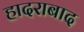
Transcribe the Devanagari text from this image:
हादराबाद